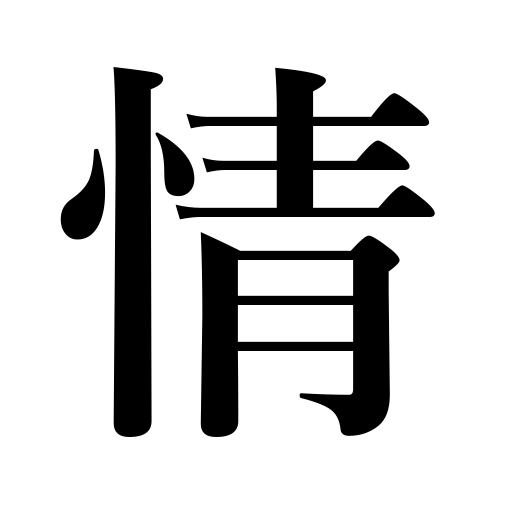
Meanings: feeling,obstinacy,sincerity,human nature,emotion,heart,sympathy,affection,passion,facts,compassion,circumstances